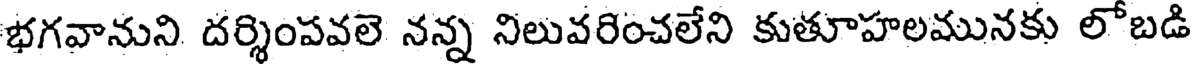
భగవానుని దర్శింపవలె నన్న నిలువరించలేని కుతూహలమునకు లోబడి